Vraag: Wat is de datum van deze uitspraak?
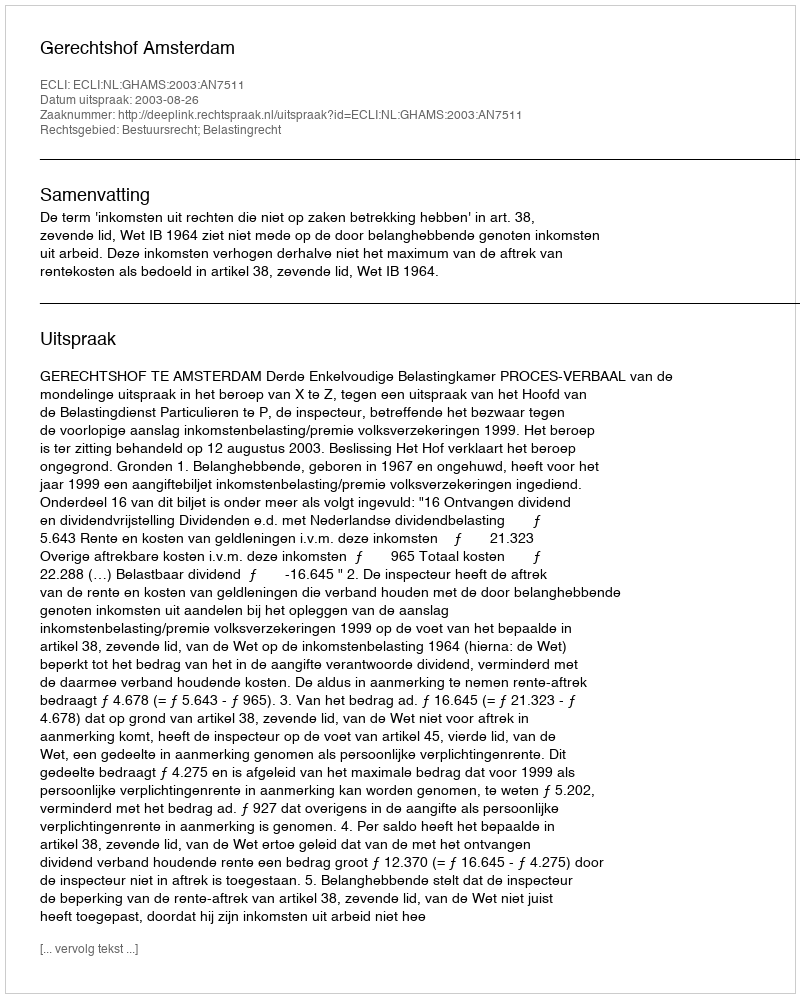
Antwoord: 2003-08-26